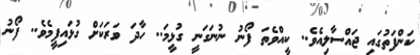
ކަންފަތުގައި ޖައްސާލިއެވެ.. ކީއްވެތަ ފޯނު ނުނަގަނީ ގުޅީމަ.. ހާދަ ވަރަކަށް ގުޅައިފީމެވެ.. ފޯނު